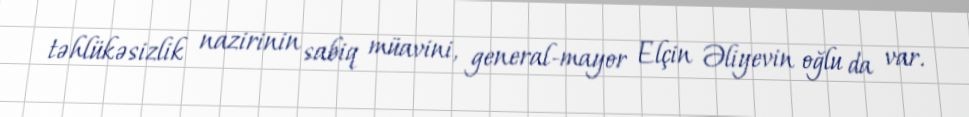
təhlükəsizlik nazirinin sabiq müavini, general-mayor Elçin Əliyevin oğlu da var.